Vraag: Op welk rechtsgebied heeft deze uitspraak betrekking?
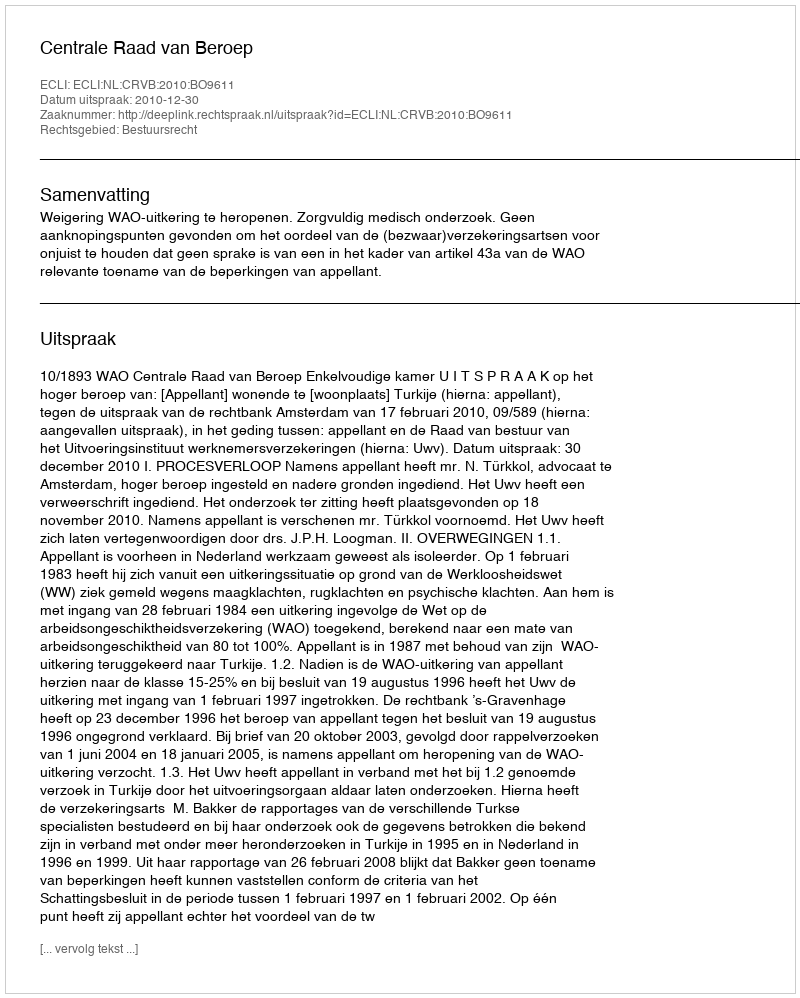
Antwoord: Bestuursrecht